Report on the working of the mental hospitals for Indians in Bihar and Orissa - 1925-1929
Year: 1925
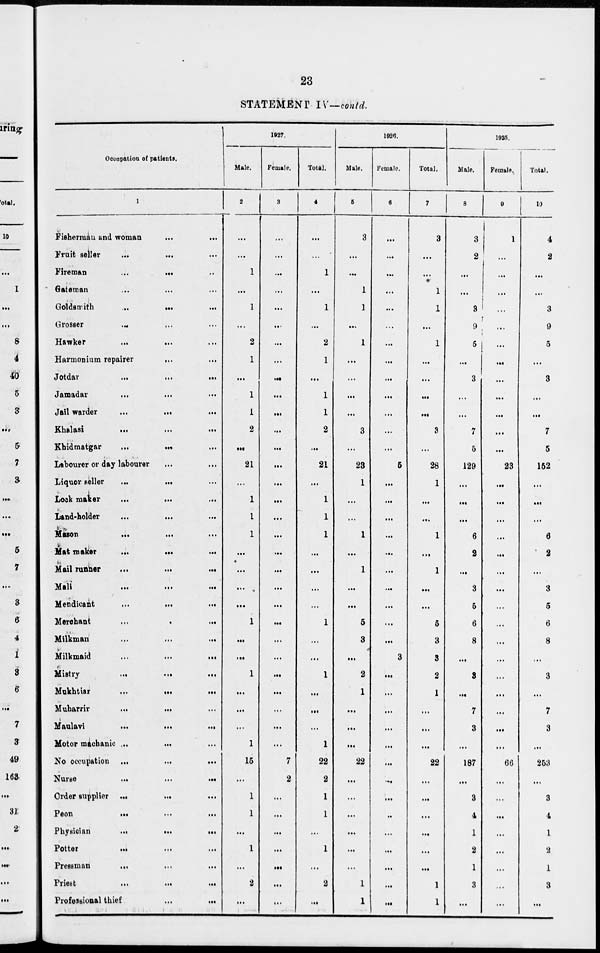
23
STATEMENT IV—contd.
Occupation of patients.
1
Fisherman and woman
...
...
Fruit seller
...
... ...
Fireman
...
... ...
Gateman ... ... ...
Goldsmith
...
...
...
Grosser
... ... ...
Hawker ... ... ...
Harmonium repairer
...
...
Jotdar
...
...
...
Jamadar
...
...
...
Jail warder
...
...
...
Khalasi
...
...
...
Khidmatgar ... ... ...
Labourer or day labourer ... ...
Liquor seller
...
...
...
Lock maker
...
...
...
Land-holder
...
...
...
Mason
...
...
...
Mat maker
...
...
...
Mail runner
...
...
...
Mali
...
...
...
Mendicant
...
...
...
Merchant
...
...
...
Milkman
...
...
...
Milkmaid
...
...
...
Mistry
...
...
...
Mukhtiar ... ... ...
Muharrir
...
... ...
Maulavi
...
...
...
Motor mechanic ... ... ...
No occupation ...
...
...
Nurse
...
...
...
Order supplier ... ... ...
Peon
...
...
...
Physician
...
...
...
Potter
...
...
...
Pressman
...
...
...
Priest
...
...
...
Professional thief
...
...
1927.
Male.
2
...
...
1
...
1
...
2
1
...
1
1
2
...
21
...
1
1
1
...
...
...
...
1
...
...
1
...
...
...
1
15
...
1
1
...
1
...
2
...
Female.
3
...
...
...
...
...
...
...
...
...
...
...
...
...
...
...
...
...
...
...
...
...
...
...
...
...
...
...
...
...
...
7
2
...
...
...
...
...
...
...
Total.
4
...
...
1
...
1
...
2
1
...
1
1
2
...
21
...
1
1
1
...
...
...
...
1
...
...
1
...
...
...
1
22
2
1
1
...
1
...
2
...
1926.
Male.
5
3
...
...
1
1
...
1
...
...
...
...
3
...
23
1
...
...
1
...
1
...
...
5
3
...
2
1
...
...
...
22
...
...
...
...
...
...
1
1
Female.
6
...
...
...
...
...
...
...
...
...
...
...
...
...
5
...
...
...
...
...
...
...
...
...
...
3
...
...
...
...
...
...
...
...
...
...
...
...
...
...
Total.
7
3
...
...
1
1
...
1
...
...
...
...
3
...
28
1
...
...
1
...
1
...
...
5
3
3
2
1
...
...
...
22
...
...
...
...
...
...
1
1
1925.
Male.
8
3
2
...
...
3
9
5
...
3
...
...
7
5
129
...
...
...
6
2
...
3
5
6
8
...
3
...
7
3
...
187
...
3
4
1
2
1
3
...
Female.
9
1
...
...
...
...
...
...
...
...
...
...
...
...
23
...
...
...
...
...
...
...
...
...
...
...
...
...
...
...
...
66
...
...
...
...
...
...
...
...
Total.
10
4
2
...
...
3
9
5
...
3
...
...
7
5
152
...
...
...
6
2
...
3
5
6
8
...
3
...
7
3
...
253
...
3
4
1
2
1
3
...